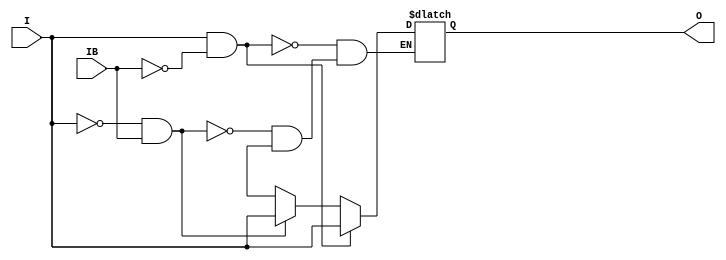
module IBUFDS_LVDS_33 (O, I, IB);

    output O;

    input  I, IB;

    reg o_out;

    buf b_0 (O, o_out);

    always @(I or IB) begin
	if (I == 1'b1 && IB == 1'b0)
	    o_out <= I;
	else if (I == 1'b0 && IB == 1'b1)
	    o_out <= I;
        else if (I == 1'bx || IB == 1'bx)
            o_out <= 1'bx;
    end


endmodule